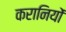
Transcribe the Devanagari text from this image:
करानियों